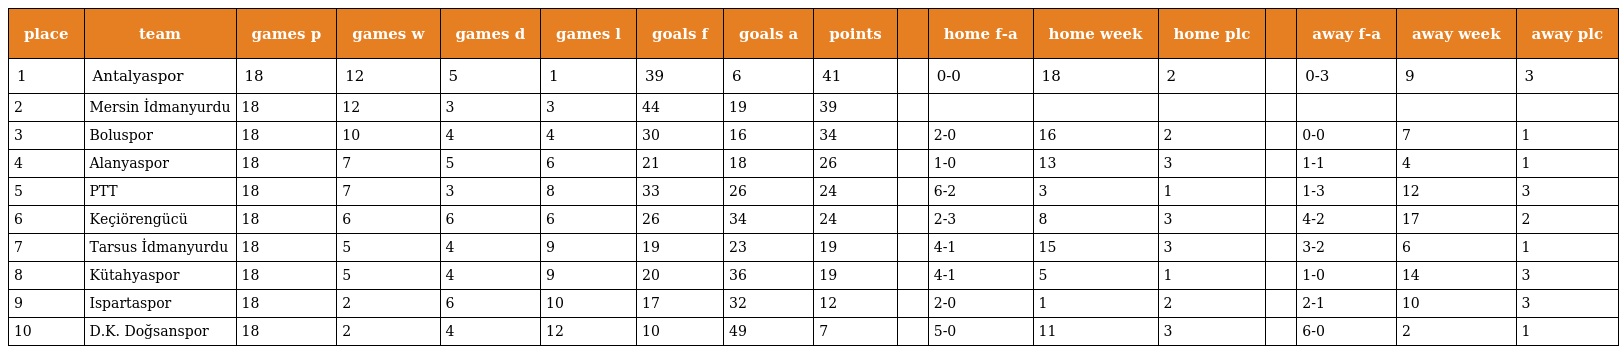
| place | team | games p | games w | games d | games l | goals f | goals a | points |  | home f-a | home week | home plc |  | away f-a | away week | away plc |
 | --- | --- | --- | --- | --- | --- | --- | --- | --- | --- | --- | --- | --- | --- | --- | --- | --- |
 | 1 | Antalyaspor | 18 | 12 | 5 | 1 | 39 | 6 | 41 |  | 0-0 | 18 | 2 |  | 0-3 | 9 | 3 |
 | 2 | Mersin İdmanyurdu | 18 | 12 | 3 | 3 | 44 | 19 | 39 |  |  |  |  |  |  |  |  |
 | 3 | Boluspor | 18 | 10 | 4 | 4 | 30 | 16 | 34 |  | 2-0 | 16 | 2 |  | 0-0 | 7 | 1 |
 | 4 | Alanyaspor | 18 | 7 | 5 | 6 | 21 | 18 | 26 |  | 1-0 | 13 | 3 |  | 1-1 | 4 | 1 |
 | 5 | PTT | 18 | 7 | 3 | 8 | 33 | 26 | 24 |  | 6-2 | 3 | 1 |  | 1-3 | 12 | 3 |
 | 6 | Keçiörengücü | 18 | 6 | 6 | 6 | 26 | 34 | 24 |  | 2-3 | 8 | 3 |  | 4-2 | 17 | 2 |
 | 7 | Tarsus İdmanyurdu | 18 | 5 | 4 | 9 | 19 | 23 | 19 |  | 4-1 | 15 | 3 |  | 3-2 | 6 | 1 |
 | 8 | Kütahyaspor | 18 | 5 | 4 | 9 | 20 | 36 | 19 |  | 4-1 | 5 | 1 |  | 1-0 | 14 | 3 |
 | 9 | Ispartaspor | 18 | 2 | 6 | 10 | 17 | 32 | 12 |  | 2-0 | 1 | 2 |  | 2-1 | 10 | 3 |
 | 10 | D.K. Doğsanspor | 18 | 2 | 4 | 12 | 10 | 49 | 7 |  | 5-0 | 11 | 3 |  | 6-0 | 2 | 1 |